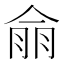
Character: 𮯿